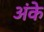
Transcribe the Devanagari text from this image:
अंके